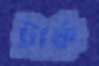
টার্ক